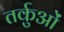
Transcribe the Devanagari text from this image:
तर्कुओं